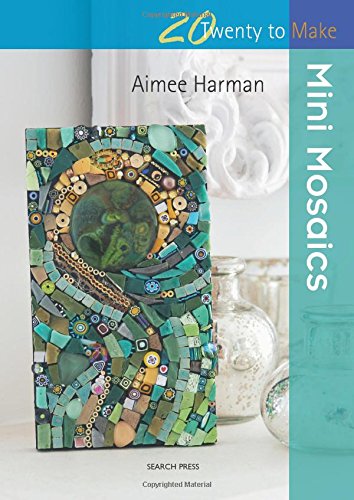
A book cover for Mini Mosaics (Twenty to Make); Aimee Harman; Crafts, Hobbies & Home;